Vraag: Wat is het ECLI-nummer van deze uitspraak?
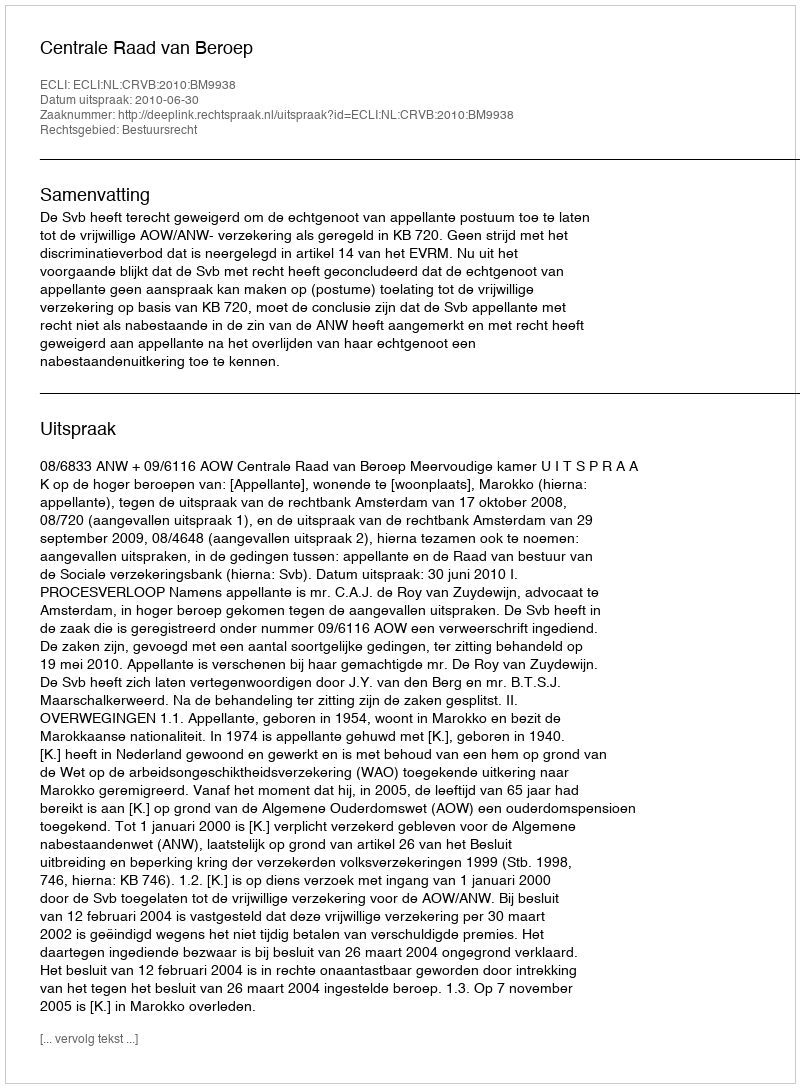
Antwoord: ECLI:NL:CRVB:2010:BM9938